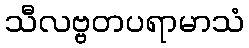
သီလဗ္ဗတပရာမာသံ